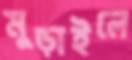
মুড়াইলে